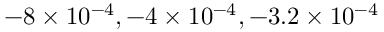
- 8 \times 1 0 ^ { - 4 } , - 4 \times 1 0 ^ { - 4 } , - 3 . 2 \times 1 0 ^ { - 4 }